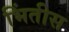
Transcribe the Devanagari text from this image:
भिंतीस